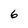
Character: 6